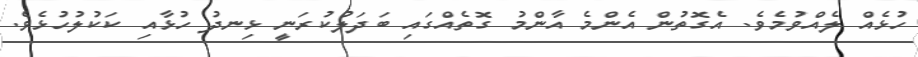
ހުޅެއް ލެއްވުމެވެ. އެގޮތުން އެންމެ އާންމު ގޮތެއްގައި ބަދަލުކުރަނީ ޅިނދު ހުޅާއި ކަކުލުހުޅެވެ.